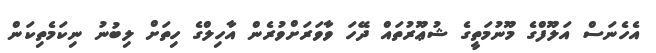
އެހެނަސް އަލޫފްގެ މޫނުމަތީގެ ޝުޢޫރުތައް ދޭހަ ވާވަރަށްވުރެން އާހިލްގެ ހިތަށް ލިބުނު ނިކަމެތިކަން